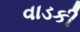
વાડકી